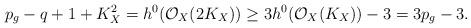
LaTeX: \begin{align*}p_g-q+1+K_X^2= h^0(\mathcal{O}_X(2K_X))\ge 3h^0(\mathcal{O}_X(K_X))-3=3p_g-3.\end{align*}